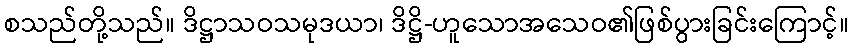
စသည်တို့သည်။ ဒိဋ္ဌာသဝသမုဒယာ၊ ဒိဋ္ဌိ-ဟူသောအသေဝ၏ဖြစ်ပွားခြင်းကြောင့်။